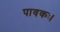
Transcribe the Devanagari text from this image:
पावकः।